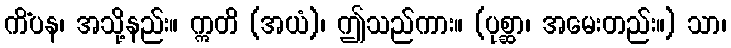
ကိံပန၊ အသို့နည်း။ ဣတိ (အယံ)၊ ဤသည်ကား။ (ပုစ္ဆာ၊ အမေးတည်း။) သာ၊